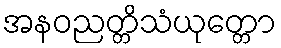
အနဝညတ္တိသံယုတ္တော